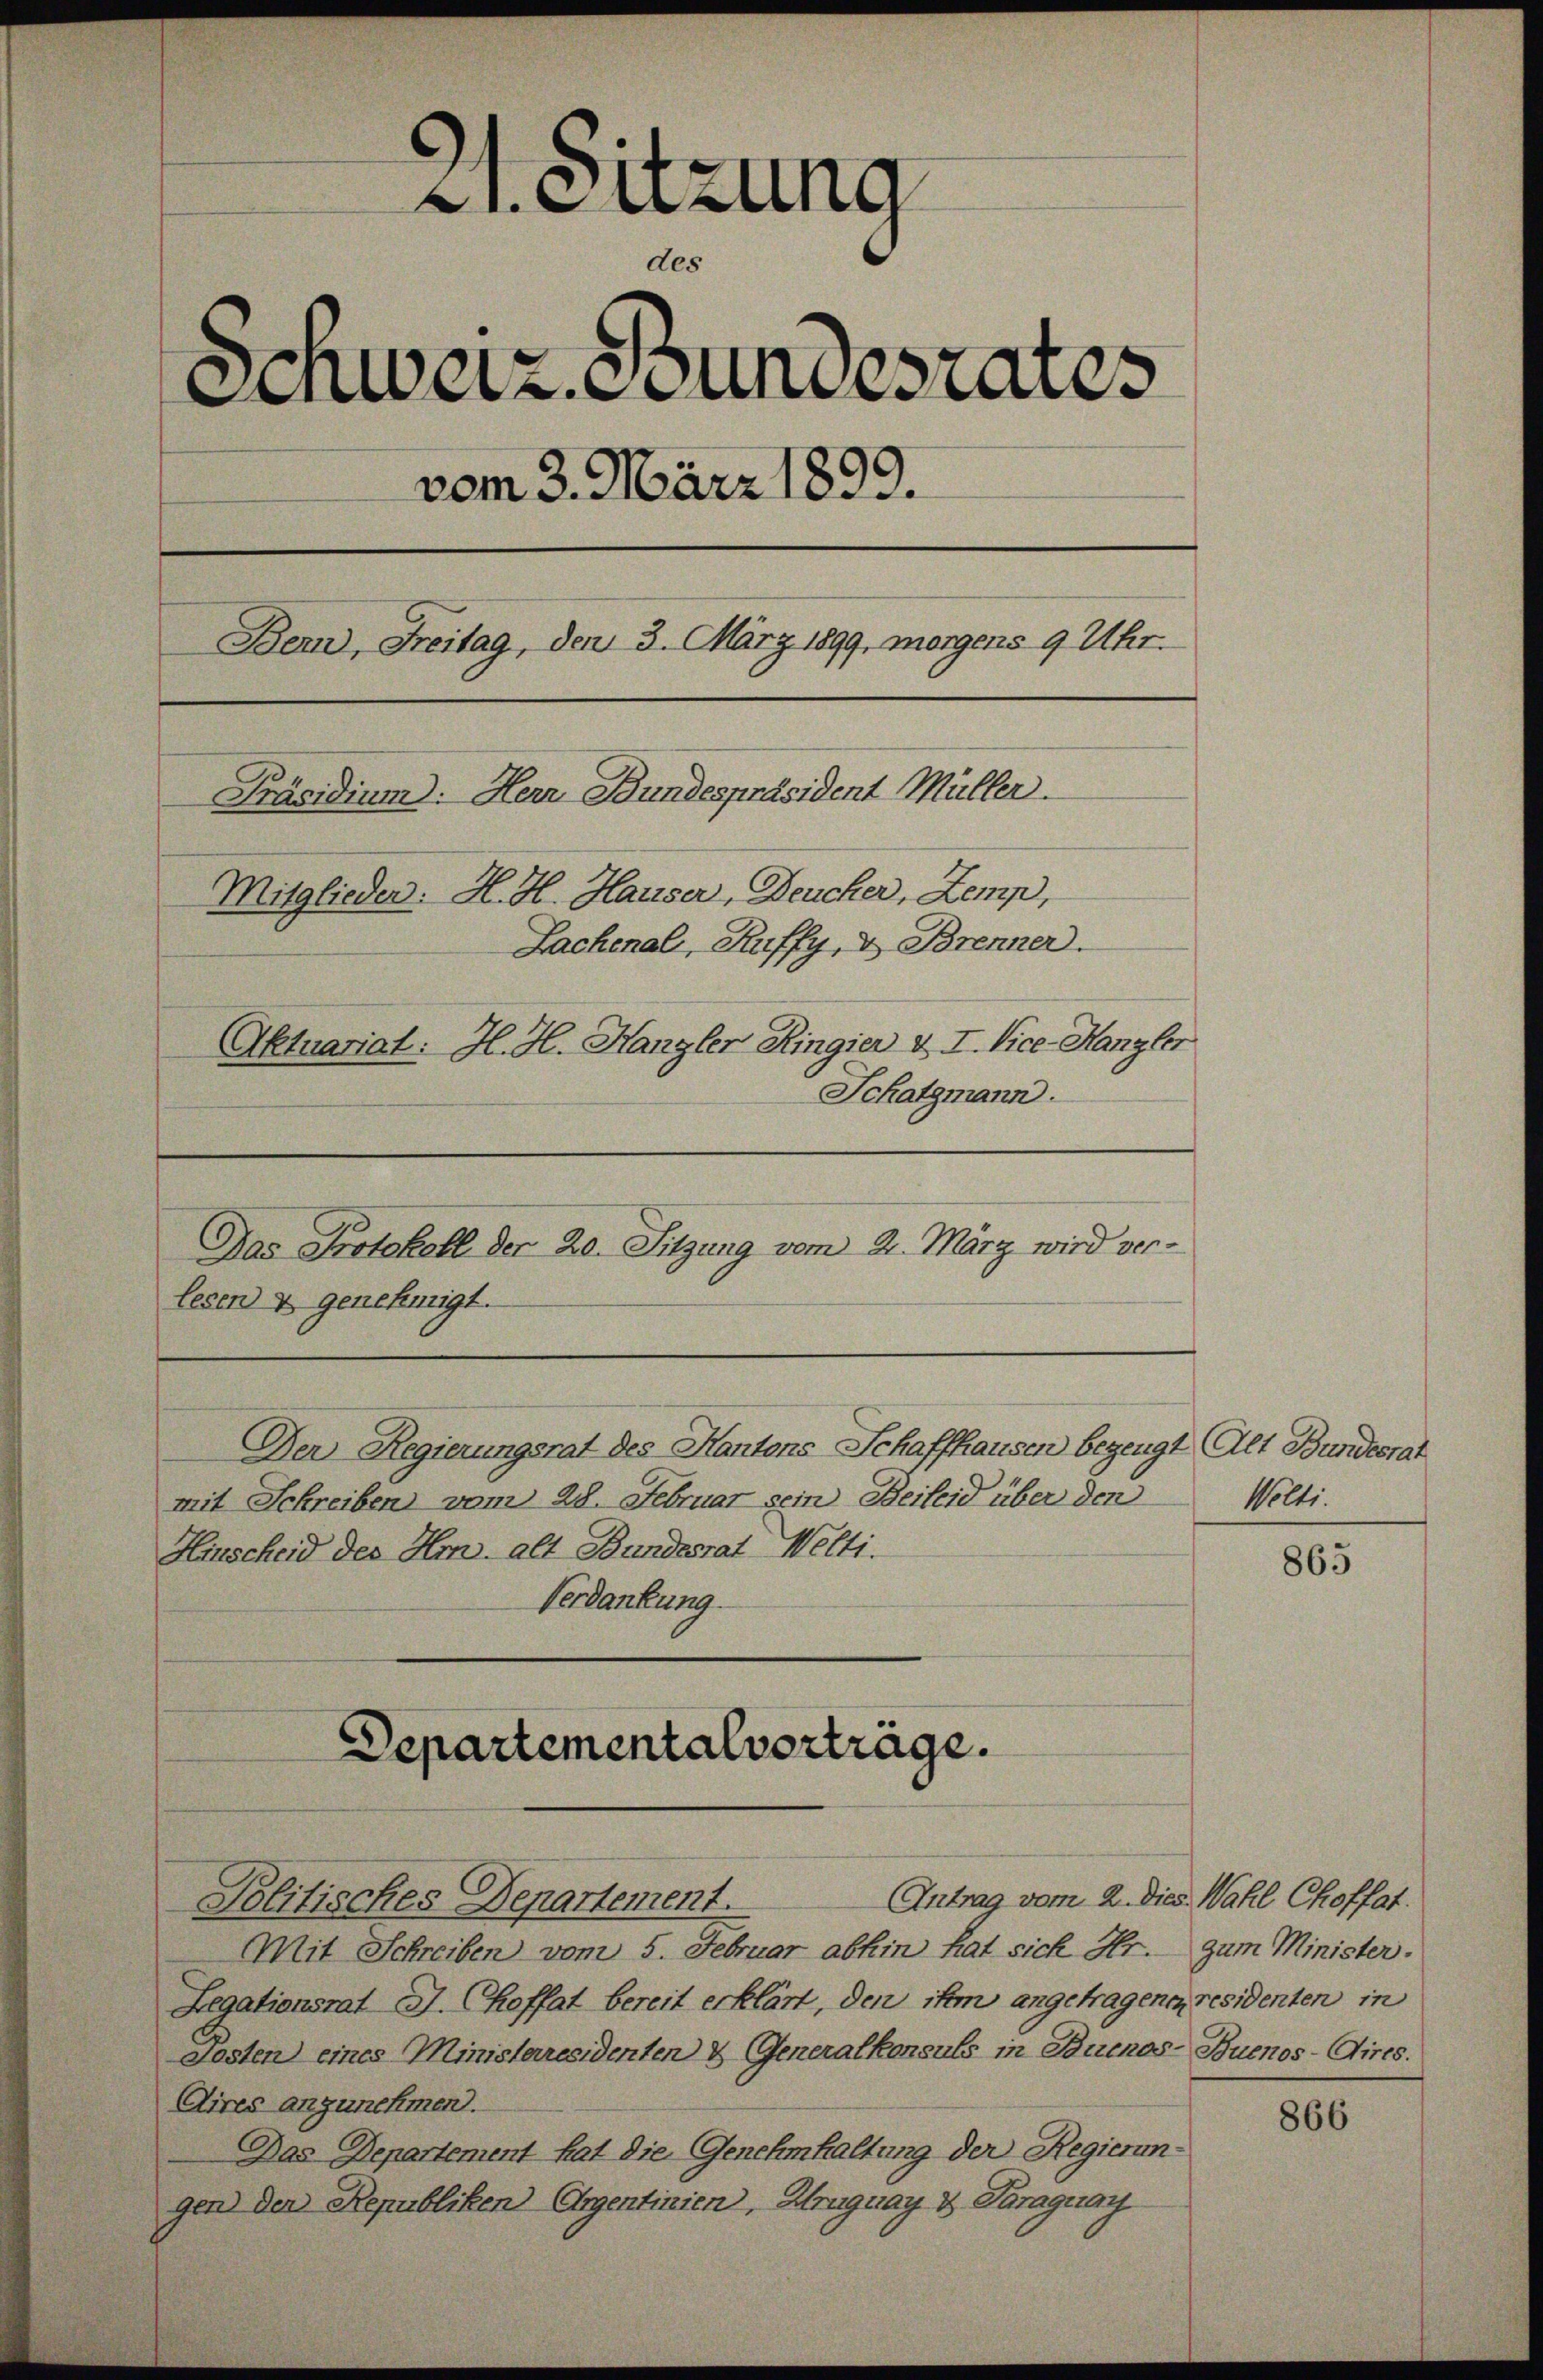
21. Sitzung
des
Schweiz. Stundesrates
vom 3. März 1899.
Bern, Freitag, den 3. März 1899, morgens 9 Uhr.
Präsidium. Herr Bundespräsident Müller.
Mitglieder: H. H. Hauser, Deucher, Zemp,
Lachenal, Kuffy, & Brenner.
Aktuariat: H. H. Hangler Ringier & I. Vice-Kanzler
Schatzmann.

Das Protokoll der 20. Sitzung vom 21. März wird ver-
lesen & genehmigt.

mit Schreiben vom 28. Februar sein Beileid über den
Hinscheid des Hm. alt Bundesrat Welti.
Verdankung

Der Regierungsrat des Kantons Schaffhausen bezeugt Alt Bundesrat

Antrag vom 2. Dies Wahl Choffat.
Mit Schreiben vom 5. Februar abhin hat sich Hr. zum Minister.
Legationsrat J. Choffat bereit erklärt, den ihm angetragenen residenten in
desten eines Ministerresidenten & Generalkonsuls in Buenos-Buenos-Aires.
Aires anzunehmen.
Das Departement hat die Genehmhaltung der Regierungen) den Republiken) Ehrgentinien, Kruguay v. Paraguay

Departementalverträge.
Politisches Departement.

Welti.

865

866